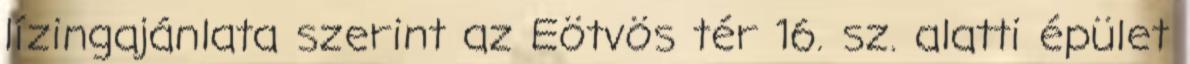
lízingajánlata szerint az Eötvös tér 16. sz. alatti épület